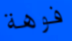
فوهة